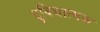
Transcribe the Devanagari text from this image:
दुविधात्मक